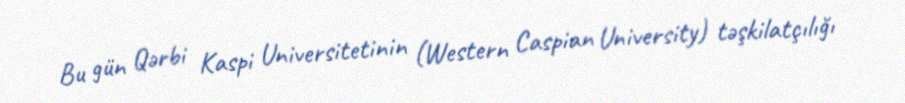
Bu gün Qərbi Kaspi Universitetinin (Western Caspian University) təşkilatçılığı